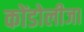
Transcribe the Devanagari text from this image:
कोंडोलीजा